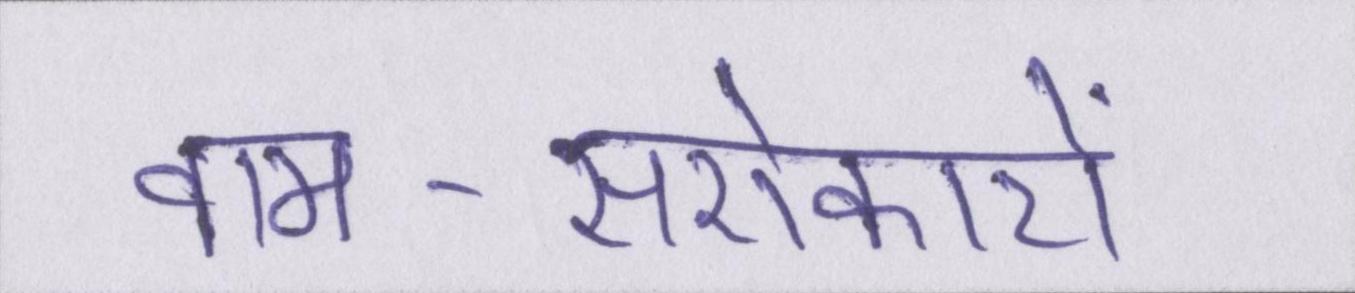
वाम-सरोकारों